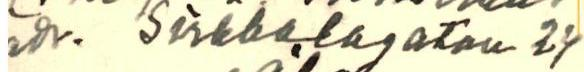
ad. Sirkkalagatan 24